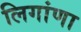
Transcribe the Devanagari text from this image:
लिगांणा